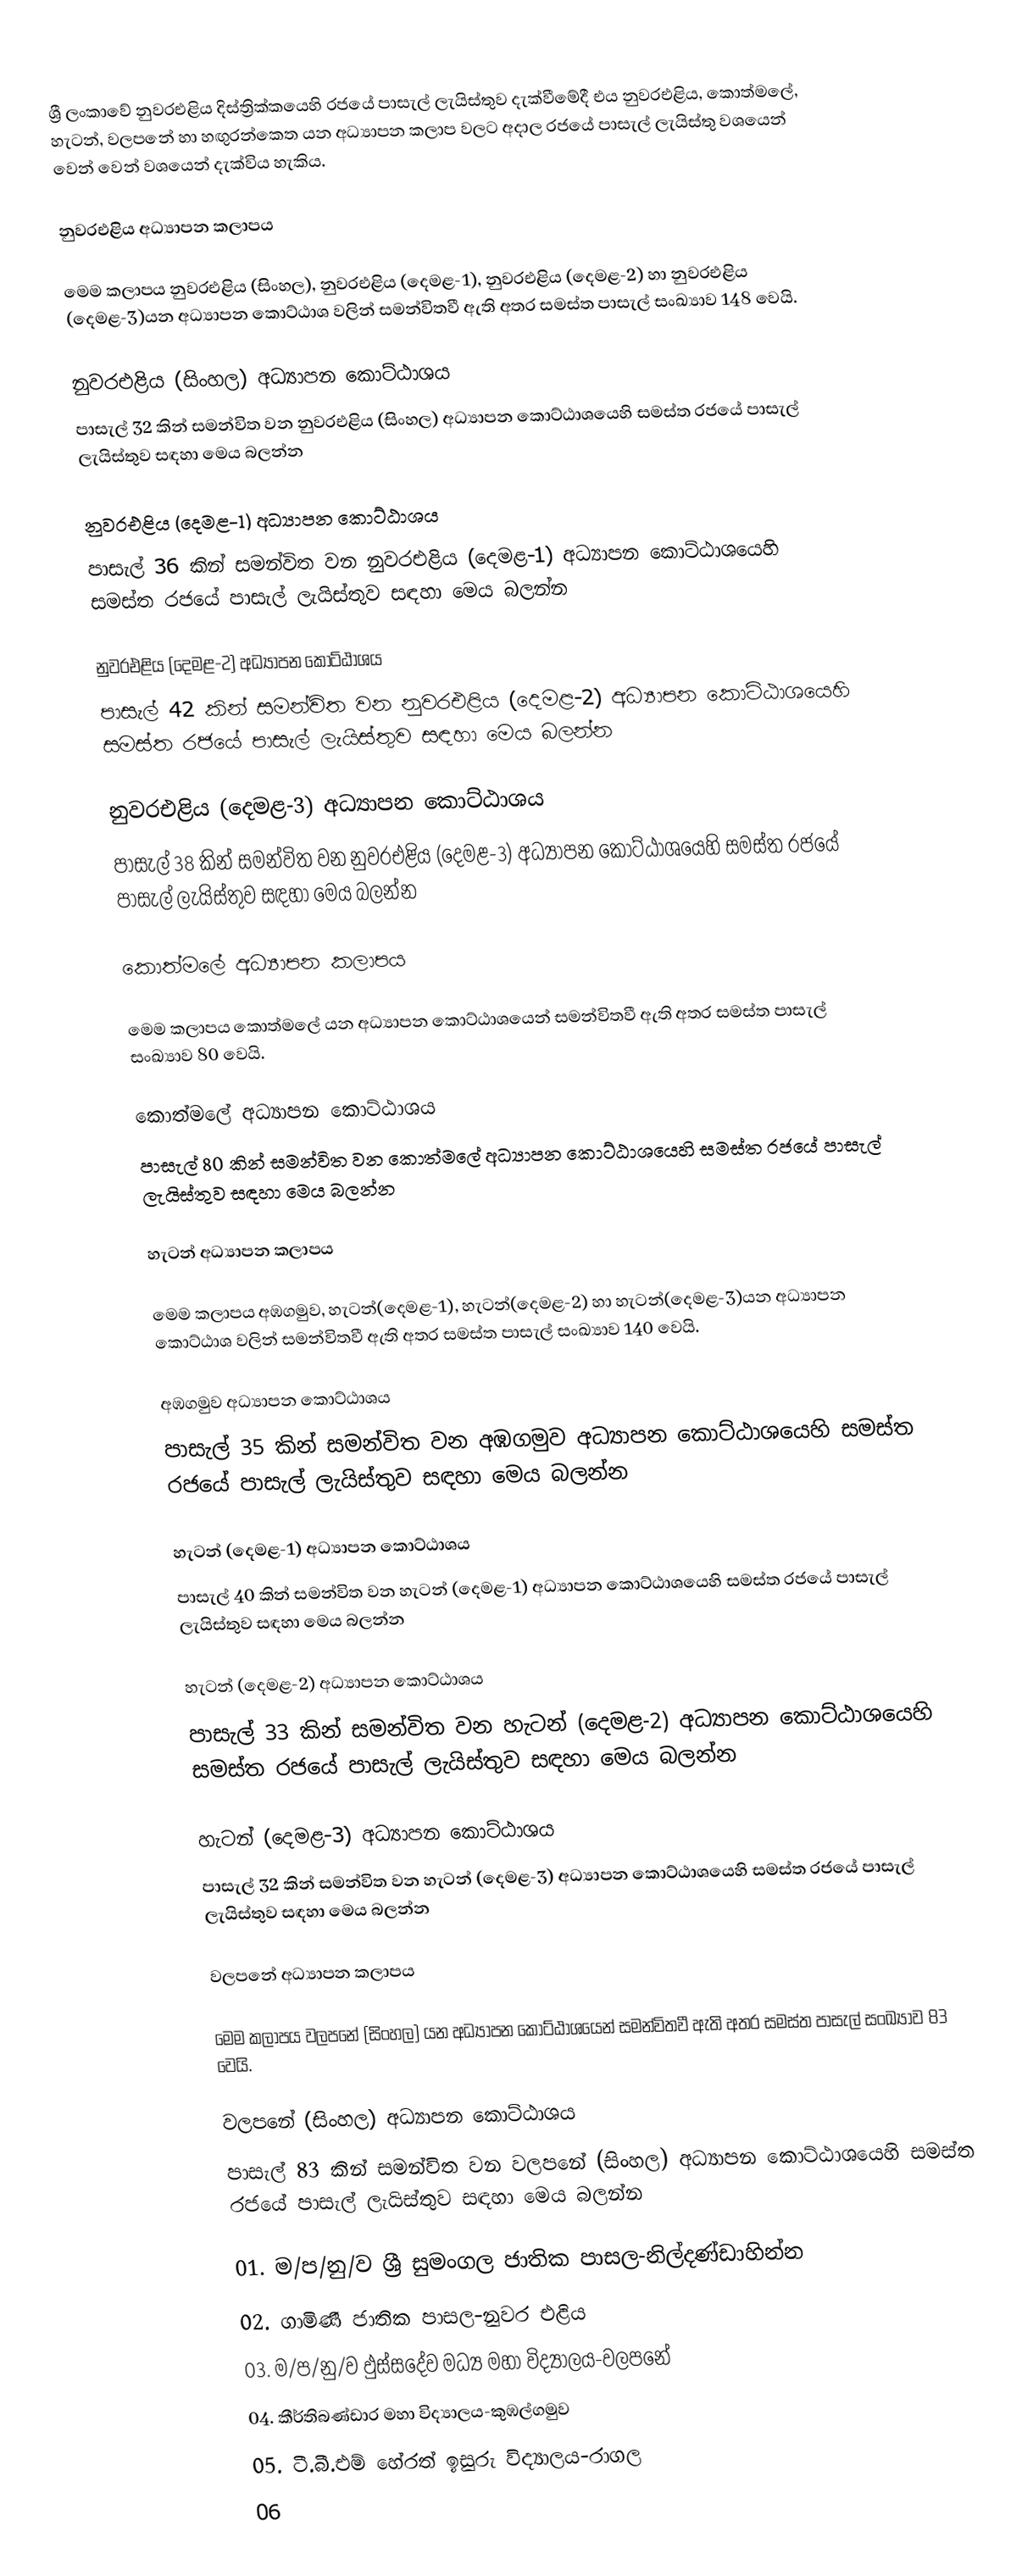
ශ්‍රී ලංකාවේ නුවරඑළිය දිස්ත්‍රික්කයෙහි රජයේ පාසැල් ලැයිස්තුව දැක්වීමේදී එය නුවරඑළිය, කොත්මලේ, හැටන්, වලපනේ හා හඟුරන්කෙත යන අධ්‍යාපන කලාප  වලට අදාල රජයේ පාසැල් ලැයිස්තු වශයෙන් වෙන් වෙන් වශයෙන් දැක්විය හැකිය.

නුවරඑළිය අධ්‍යාපන කලාපය

මෙම කලාපය නුවරඑළිය (සිංහල), නුවරඑළිය (දෙමළ-1), නුවරඑළිය (දෙමළ-2) හා නුවරඑළිය (දෙමළ-3)යන අධ්‍යාපන කොට්ඨාශ වලින් සමන්විතවී ඇති අතර සමස්ත පාසැල් සංඛ්‍යාව 148 වෙයි.

නුවරඑළිය (සිංහල) අධ්‍යාපන කොට්ඨාශය
පාසැල් 32 කින් සමන්විත වන නුවරඑළිය (සිංහල) අධ්‍යාපන කොට්ඨාශයෙහි සමස්ත රජයේ පාසැල් ලැයිස්තුව සඳහා මෙය බලන්න

නුවරඑළිය (දෙමළ-1) අධ්‍යාපන කොට්ඨාශය
පාසැල් 36 කින් සමන්විත වන නුවරඑළිය (දෙමළ-1) අධ්‍යාපන කොට්ඨාශයෙහි සමස්ත රජයේ පාසැල් ලැයිස්තුව සඳහා මෙය බලන්න

නුවරඑළිය (දෙමළ-2) අධ්‍යාපන කොට්ඨාශය
පාසැල් 42 කින් සමන්විත වන නුවරඑළිය (දෙමළ-2) අධ්‍යාපන කොට්ඨාශයෙහි සමස්ත රජයේ පාසැල් ලැයිස්තුව සඳහා මෙය බලන්න

නුවරඑළිය (දෙමළ-3) අධ්‍යාපන කොට්ඨාශය
පාසැල් 38 කින් සමන්විත වන නුවරඑළිය (දෙමළ-3) අධ්‍යාපන කොට්ඨාශයෙහි සමස්ත රජයේ පාසැල් ලැයිස්තුව සඳහා මෙය බලන්න

කොත්මලේ අධ්‍යාපන කලාපය

මෙම කලාපය කොත්මලේ යන අධ්‍යාපන කොට්ඨාශයෙන් සමන්විතවී ඇති අතර සමස්ත පාසැල් සංඛ්‍යාව 80 වෙයි.

කොත්මලේ  අධ්‍යාපන කොට්ඨාශය
පාසැල් 80 කින් සමන්විත වන කොත්මලේ අධ්‍යාපන කොට්ඨාශයෙහි සමස්ත රජයේ පාසැල් ලැයිස්තුව සඳහා මෙය බලන්න

හැටන් අධ්‍යාපන කලාපය

මෙම කලාපය අඹගමුව, හැටන්(දෙමළ-1), හැටන්(දෙමළ-2) හා හැටන්(දෙමළ-3)යන අධ්‍යාපන කොට්ඨාශ වලින් සමන්විතවී ඇති අතර සමස්ත පාසැල් සංඛ්‍යාව 140 වෙයි.

අඹගමුව අධ්‍යාපන කොට්ඨාශය
පාසැල් 35 කින් සමන්විත වන අඹගමුව අධ්‍යාපන කොට්ඨාශයෙහි සමස්ත රජයේ පාසැල් ලැයිස්තුව සඳහා මෙය බලන්න

හැටන් (දෙමළ-1) අධ්‍යාපන කොට්ඨාශය
පාසැල් 40 කින් සමන්විත වන හැටන් (දෙමළ-1) අධ්‍යාපන කොට්ඨාශයෙහි සමස්ත රජයේ පාසැල් ලැයිස්තුව සඳහා මෙය බලන්න

හැටන් (දෙමළ-2) අධ්‍යාපන කොට්ඨාශය
පාසැල් 33 කින් සමන්විත වන හැටන් (දෙමළ-2) අධ්‍යාපන කොට්ඨාශයෙහි සමස්ත රජයේ පාසැල් ලැයිස්තුව සඳහා මෙය බලන්න

හැටන් (දෙමළ-3) අධ්‍යාපන කොට්ඨාශය
පාසැල් 32 කින් සමන්විත වන හැටන් (දෙමළ-3) අධ්‍යාපන කොට්ඨාශයෙහි සමස්ත රජයේ පාසැල් ලැයිස්තුව සඳහා මෙය බලන්න

වලපනේ අධ්‍යාපන කලාපය

මෙම කලාපය වලපනේ (සිංහල) යන අධ්‍යාපන කොට්ඨාශයෙන් සමන්විතවී ඇති අතර සමස්ත පාසැල් සංඛ්‍යාව 83 වෙයි.

වලපනේ (සිංහල) අධ්‍යාපන කොට්ඨාශය
පාසැල් 83 කින් සමන්විත වන වලපනේ (සිංහල) අධ්‍යාපන කොට්ඨාශයෙහි සමස්ත රජයේ පාසැල් ලැයිස්තුව සඳහා මෙය බලන්න

01. ම/ප/නු/ව ශ්‍රී සුමංගල ජාතික පාසල-නිල්දණ්ඩාහින්න
02. ගාමිණී ජාතික පාසල-නුවර එළිය
03. ම/ප/නු/ව ඵුස්සදේව මධ්‍ය මහා විද්‍යාලය-වලපනේ
04. කීර්තිබණ්ඩාර මහා විද්‍යාලය-කුඹල්ගමුව
05. ටී.බී.එම් හේරත් ඉසුරු විද්‍යාලය-රාගල
06